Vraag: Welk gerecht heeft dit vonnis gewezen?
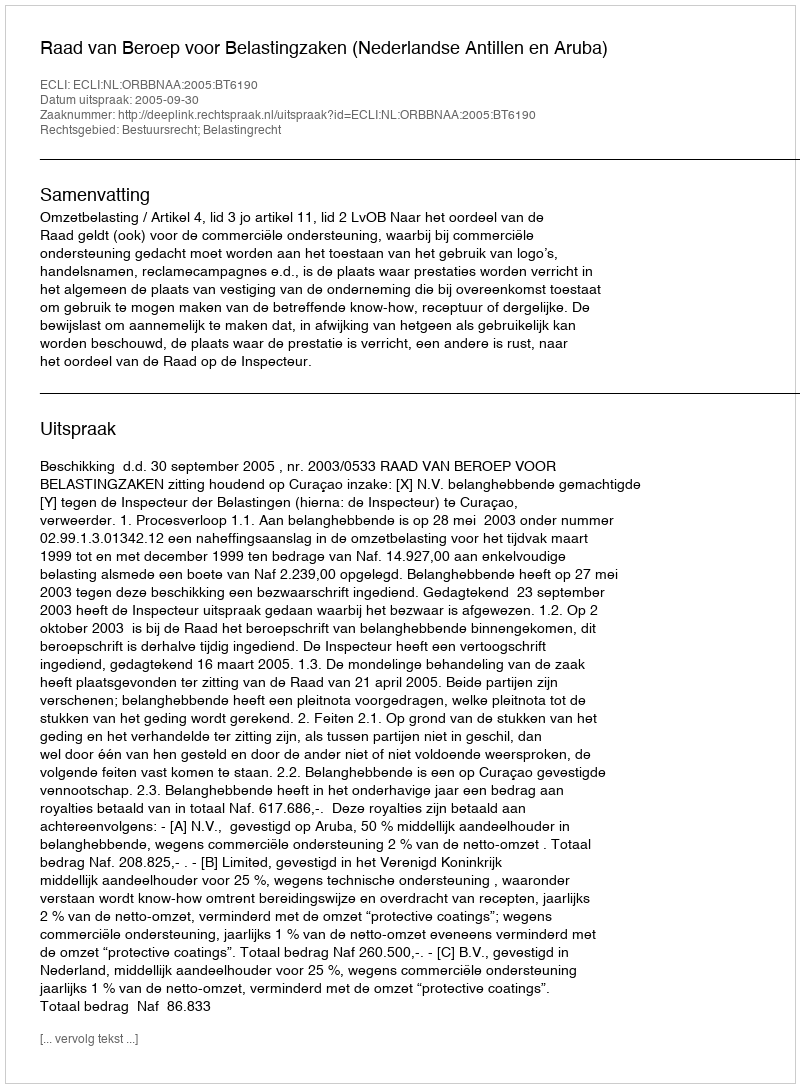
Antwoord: Raad van Beroep voor Belastingzaken (Nederlandse Antillen en Aruba)